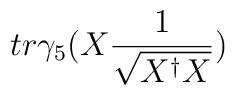
tr\gamma_{5} (X\frac{1}{\sqrt{X^{\dagger}X}})